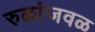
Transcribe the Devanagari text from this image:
रुळांजवळ